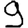
Digit: 9